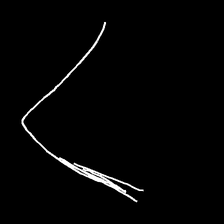
Glyph: region